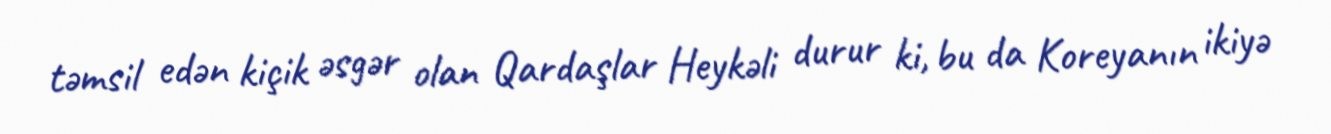
təmsil edən kiçik əsgər olan Qardaşlar Heykəli durur ki, bu da Koreyanın ikiyə